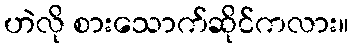
ဟဲလို စားသောက်ဆိုင်ကလား။